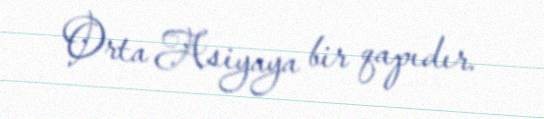
Orta Asiyaya bir qapıdır.